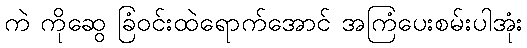
ကဲ ကိုဆွေ ခြံဝင်းထဲရောက်အောင် အကြံပေးစမ်းပါအုံး